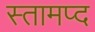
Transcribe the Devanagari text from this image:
स्तामप्द